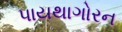
પાયથાગોરન